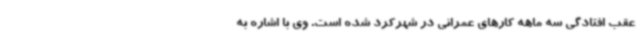
عقب افتادگی سه ماهه کارهای عمرانی در شهرکرد شده است. وی با اشاره به